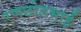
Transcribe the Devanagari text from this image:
रणछोडभाई